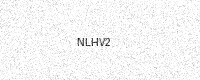
Text: NLHV2